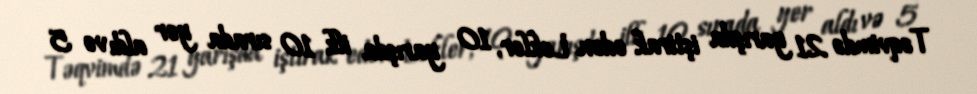
Təqvimdə 21 yarışda iştirak edən Lekler, 10 yarışda ilk 10 sırada yer aldı və 5